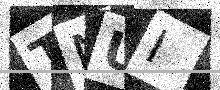
Text: TNUI